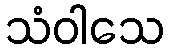
သံဝါသေ